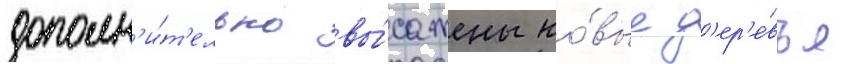
дополн'и́т'ельно вы́сажены но́вые д'ер'е́вья